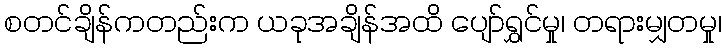
စတင်ချိန်ကတည်းက ယခုအချိန်အထိ ပျော်ရွှင်မှု၊ တရားမျှတမှု၊